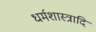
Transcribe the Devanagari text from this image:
धर्मशास्त्रादि